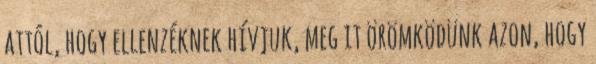
attól, hogy ellenzéknek hívjuk, meg it örömködünk azon, hogy